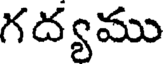
గద్యము